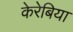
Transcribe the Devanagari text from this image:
केरेबिया